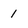
Character: 1